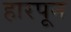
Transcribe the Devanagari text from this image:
हारपून